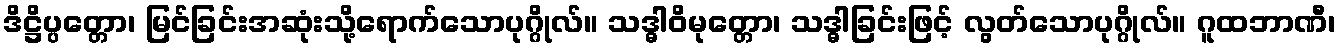
ဒိဋ္ဌိပ္ပတ္တော၊ မြင်ခြင်းအဆုံးသို့ရောက်သောပုဂ္ဂိုလ်။ သဒ္ဓါဝိမုတ္တော၊ သဒ္ဓါခြင်းဖြင့် လွတ်သောပုဂ္ဂိုလ်။ ဂူထဘာဏီ၊